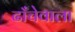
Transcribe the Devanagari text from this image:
ढाँचेवाला